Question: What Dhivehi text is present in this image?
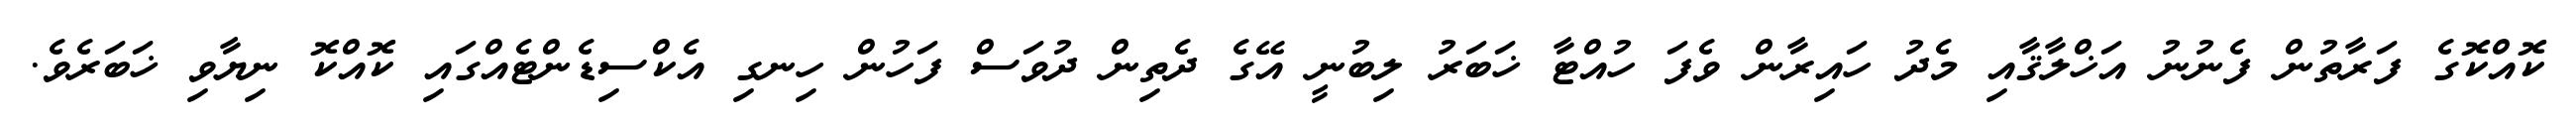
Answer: ކޮއްކޮގެ ފަރާތުން ފެނުނު އަޚްލާޤާއި މެދު ހައިރާން ވެފަ ހުއްޓާ ޚަބަރު ލިބުނީ އޭގެ ދެތިން ދުވަސް ފަހުން ހިނގި އެކްސިޑެންޓެއްގައި ކޮއްކޮ ނިޔާވި ޚަބަރެވެ.